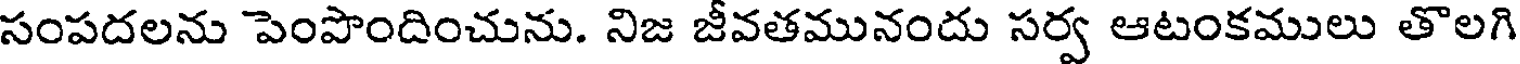
సంపదలను పెంపొందించును. నిజ జీవతమునందు సర్వ ఆటంకములు తొలగి